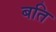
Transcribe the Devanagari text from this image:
बति